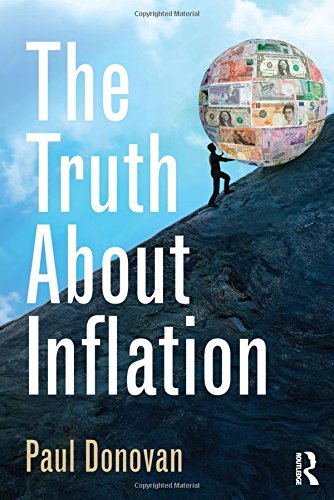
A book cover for The Truth About Inflation; Paul Donovan; Business & Money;